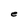
Character: e